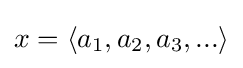
x=\langle a_{1},a_{2},a_{3},...\rangle